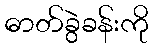
ဓာတ်ခွဲခန်းကို